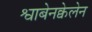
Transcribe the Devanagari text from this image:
श्वाबेनक्वेलेन